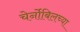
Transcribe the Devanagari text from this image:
चेर्नोबिलच्या